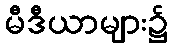
မီဒီယာများ၌